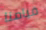
قيامنا